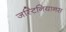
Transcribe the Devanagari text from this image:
जस्टिनियानस